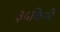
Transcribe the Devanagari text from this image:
३५किमी